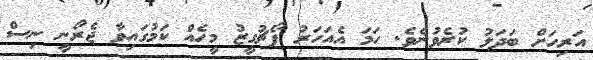
އަރިހަށް ބަދަލު ކުރެވުނެވެ. ހަމަ އެއަހަރު ޕޯޗުގީޒު މީހެއް ކަމުގައިވާ ޖެރޯނީ ނިސް